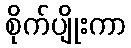
စိုက်ပျိုးကာ